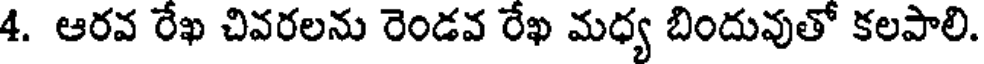
4. ఆరవ రేఖ చివరలను రెండవ రేఖ మధ్య బిందువుతో కలపాలి.